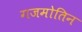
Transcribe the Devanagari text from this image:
गजमोतिन